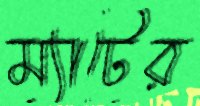
ম্যাটের